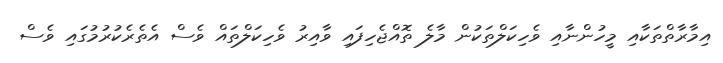
އިމާރާތްތަކާއި މީހުންނާއި ވެހިކަލްތަކުން މާލެ ތޮއްޖެހިފައި ވާއިރު ވެހިކަލްތައް ވެސް އެތެރެކުރުމުގައި ވެސް